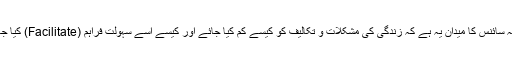
جبکہ سائنس کا میدان یہ ہے کہ زندگی کی مشکلات و تکالیف کو کیسے کم کیا جائے اور کیسے اسے سہولت فراہم (Facilitate) کیا جائے۔